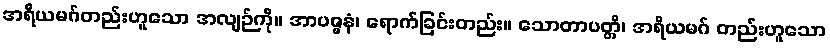
အရိယမဂ်တည်းဟူသော အလျဉ်ကို။ အာပဇ္ဇနံ၊ ရောက်ခြင်းတည်း။ သောတာပတ္တိ၊ အရိယမဂ် တည်းဟူသော